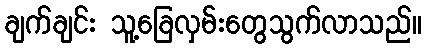
ချက်ချင်း သူ့ခြေလှမ်းတွေသွက်လာသည်။